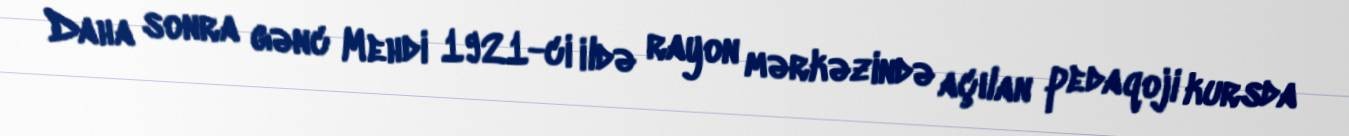
Daha sonra gənc Mehdi 1921-ci ildə rayon mərkəzində açılan pedaqoji kursda